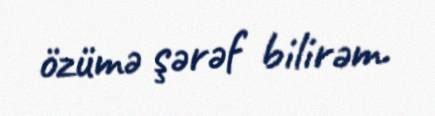
özümə şərəf bilirəm.